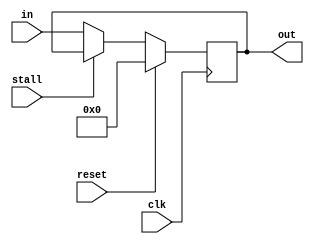
module register_stall
#(parameter width=32)
(
	input stall,
	input [width-1:0] in,
	output reg [width-1:0] out,
	input clk, reset
);


always@(posedge clk)
begin
	if(reset)
		out <= 0;
	else if(!stall)
		out <= in;
end
endmodule